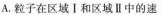
A.粒子在区域Ⅰ和区域Ⅱ中的速